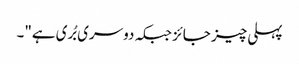
پہلی چیز جائز جبکہ دوسری بُری ہے"۔